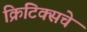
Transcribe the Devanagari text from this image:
क्रिटिक्सचे